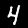
Digit: 4